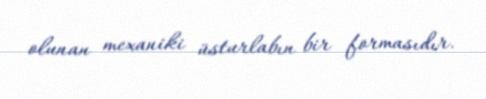
olunan mexaniki üsturlabın bir formasıdır.